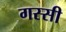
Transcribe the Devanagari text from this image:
गस्सी